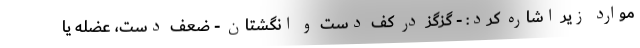
موارد زیر اشاره کرد: - گزگز در کف دست و انگشتان - ضعف دست، عضله یا